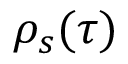
\rho _ { s } ( \tau )